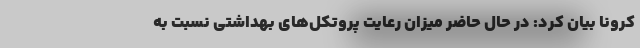
کرونا بیان کرد: در حال حاضر میزان رعایت پروتکل‌های بهداشتی نسبت به